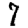
Digit: 7